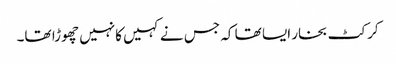
کرکٹ بخار ایسا تھا کہ جس نے کہیں کانہیں چھوڑا تھا۔